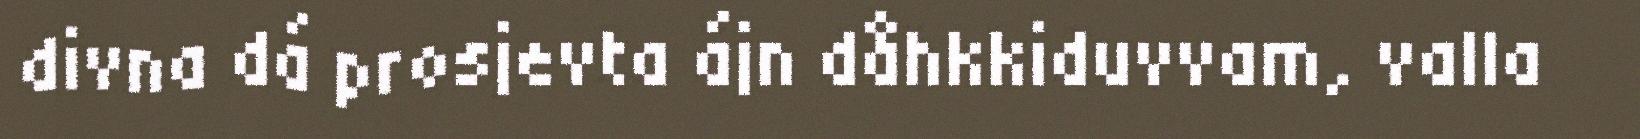
divna dá prosjevta ájn dåhkkiduvvam, valla